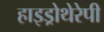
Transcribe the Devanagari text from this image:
हाइड्रोथेरेपी